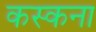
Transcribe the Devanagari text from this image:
कस्कना